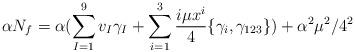
LaTeX: \begin{align*}\alpha N_f=\alpha (\sum_{I=1}^9 v_I \gamma_I + \sum_{i=1}^3\frac{i\mu x^i}{4} \{\gamma_i, \gamma_{123}\})+\alpha^2 \mu^2/4^2\end{align*}